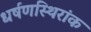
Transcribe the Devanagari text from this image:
धर्षणस्थिरांक